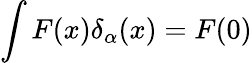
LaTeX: \int F(x)\delta_{\alpha}(x)=F(0)